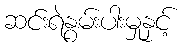
ဆင်းရဲနွမ်းပါးမှုနှင့်